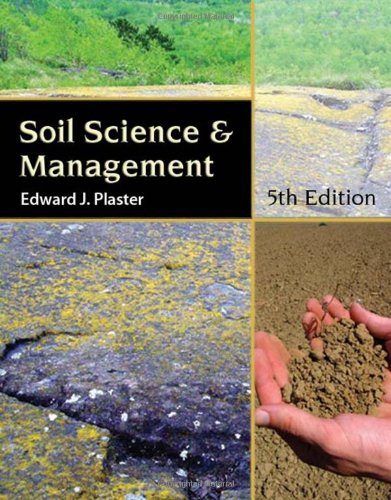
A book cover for Soil Science and Management (Texas Science); Edward Plaster; Science & Math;